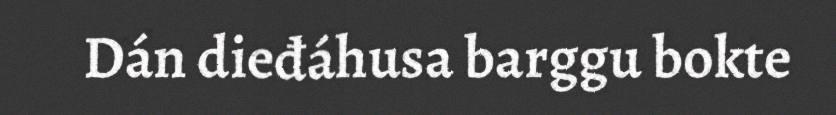
Dán dieđáhusa barggu bokte